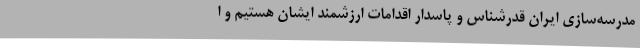
مدرسه‌سازی ایران قدرشناس و پاسدار اقدامات ارزشمند ایشان هستیم و ا